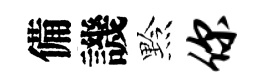
備譏黔你